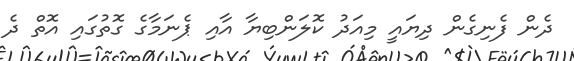
ދެން ފެނިގެން ދިޔައީ މިއަދު ކޮލަންބިޔާ އާއި ޕެނަމާގެ ގޮތުގައި އޮތް ދެ